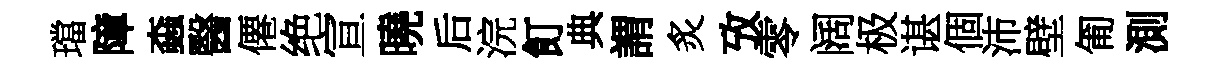
璫障螙醫僊绝宣曉后浣飣典謂炙攷零阔极谌個沛壁匍測